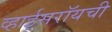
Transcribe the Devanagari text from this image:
व्हाईसरॉयची